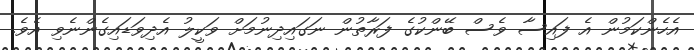
އެހެންކަމުން އެ ފައިސާ ވެސް ބޭންކުގެ ފަރާތުން ނަގައިދިނުމަށް ވަކީލު އެދިވަޑައިގެންނެވި އެވެ.